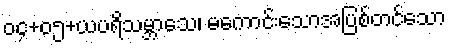
၀၄+၀၅+ယပရိသမ္ဘာသေ၊ မကောင်းသောအပြစ်တင်သော